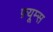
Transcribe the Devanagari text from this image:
फ़्यूम्स